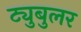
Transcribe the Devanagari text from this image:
ट्युबुलर